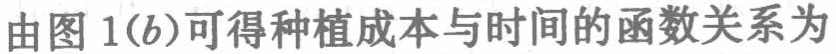
由图 1(b)可得种植成本与时间的函数关系为